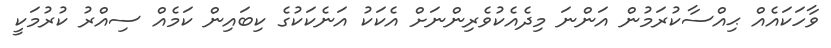
ވާހަކައެއް ޙިއްސާކުރަމުން އަންނަ މިދެއެކުވެރިންނަށް އެކަކު އަނެކަކުގެ ކިބައިން ކަމެއް ސިއްރު ކުރުމަކީ